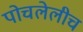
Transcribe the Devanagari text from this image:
पोचलेलीच